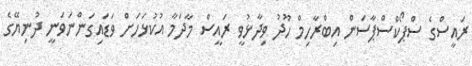
ރައީސްގެ ސްޕޯކްސްޕާސަން އިބްރާހިމް ހޫދު ވިދާޅުވީ ރައީސް މާދަމާ އުކުޅަހަށް ވަޑައިގަންނަވަނީ ދުނިޔޭގެ